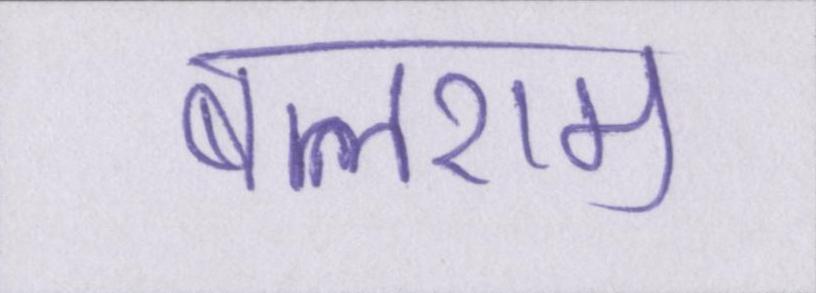
बलराम